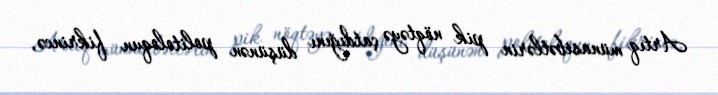
Artıq münasibətlərin pik nöqtəyə çatdığını düşünən politoloqun fikrincə,